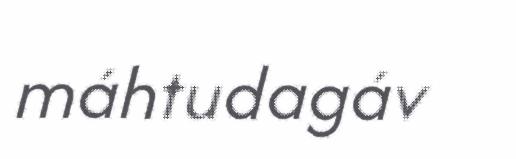
máhtudagáv